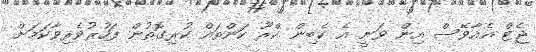
ޖެޓް އެއާވޭސް އިން ވަނީ އެ ކެބިން ކްރޫ ކަންތައް ކުރިގޮތުން ފަހުރުވެރިވާކަމަށް